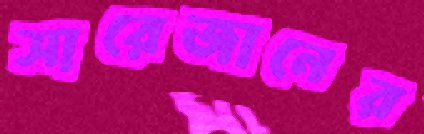
সারেজানের